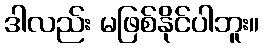
ဒါလည်း မဖြစ်နိုင်ပါဘူး။